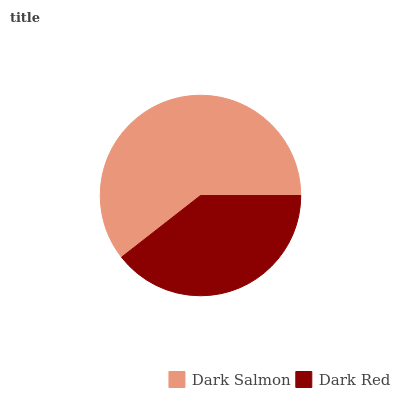
| Dark Salmon | Dark Red |
 | --- | --- |
 | 60.5% | 39.5% |